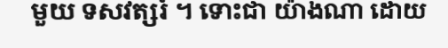
មួយ ទសវត្សរ៍ ។ ទោះជា យ៉ាងណា ដោយ